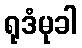
ရုဒံမုခါ